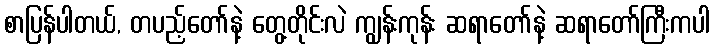
စာပြန်ပါတယ်, တပည့်တော်နဲ့ တွေ့တိုင်းလဲ ကျွန်းကုန်း ဆရာတော်နဲ့ ဆရာတော်ကြီးကပါ